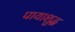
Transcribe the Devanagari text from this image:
पायाशुद्ध